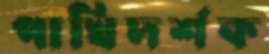
পাখিদর্শক